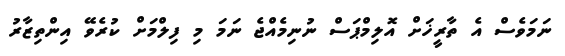
ނަމަވެސް އެ ތާރީޚަށް އޮލިމްޕަސް ނުނިމެއްޖެ ނަމަ މި ފިލްމަށް ކުރެވޭ އިންތިޒާރު